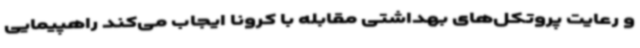
و رعایت پروتکل‌های بهداشتی مقابله با کرونا ایجاب می‌کند راهپیمایی